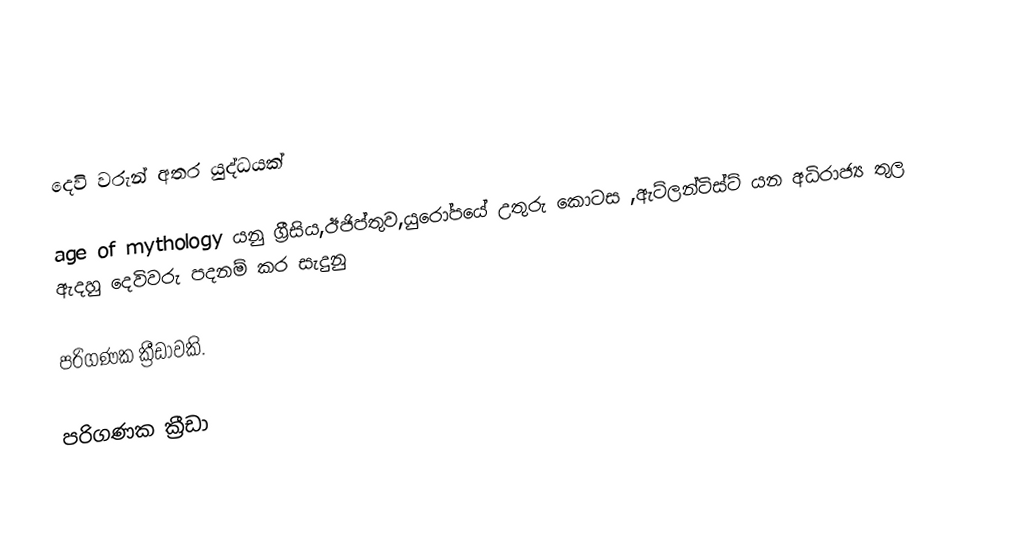

දෙවි වරුන් අතර යුද්ධයක්

age of mythology යනු ග්‍රීසිය,ඊජිප්තුව,යුරෝපයේ උතුරු කොටස ,ඇට්ලන්ටිස්ට් යන අධිරාජ්‍ය තුල ඇදහු දෙවිවරු පදනම් කර සැදුනු

පරිගණක ක්‍රීඩාවකි.

පරිගණක ක්‍රීඩා